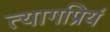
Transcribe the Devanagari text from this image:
त्यागप्रियं